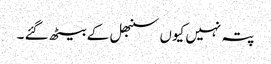
پتہ نہیں کیوں سنبھل کے بیٹھ گئے ۔